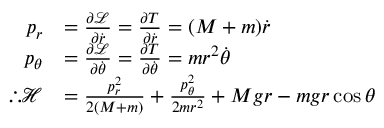
{ \begin{array} { r l } { p _ { r } } & { = { \frac { \partial { \mathcal { L } } } { \partial { \dot { r } } } } = { \frac { \partial T } { \partial { \dot { r } } } } = ( M + m ) { \dot { r } } } \\ { p _ { \theta } } & { = { \frac { \partial { \mathcal { L } } } { \partial { \dot { \theta } } } } = { \frac { \partial T } { \partial { \dot { \theta } } } } = m r ^ { 2 } { \dot { \theta } } } \\ { \therefore { \mathcal { H } } } & { = { \frac { p _ { r } ^ { 2 } } { 2 ( M + m ) } } + { \frac { p _ { \theta } ^ { 2 } } { 2 m r ^ { 2 } } } + M g r - m g r \cos { \theta } } \end{array} }